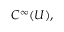
C ^ { \infty } ( U ) ,